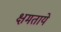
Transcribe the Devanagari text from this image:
क्षमताये